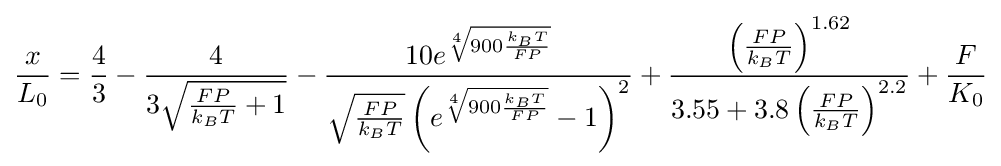
{\frac {x}{L_{0}}}={\frac {4}{3}}-{\frac {4}{3{\sqrt {{\frac {FP}{k_{B}T}}+1}}}}-{\frac {10e^{\sqrt[{4}]{900{\frac {k_{B}T}{FP}}}}}{{\sqrt {\frac {FP}{k_{B}T}}}\left(e^{\sqrt[{4}]{900{\frac {k_{B}T}{FP}}}}-1\right)^{2}}}+{\frac {\left({\frac {FP}{k_{B}T}}\right)^{1.62}}{3.55+3.8\left({\frac {FP}{k_{B}T}}\right)^{2.2}}}+{\frac {F}{K_{0}}}